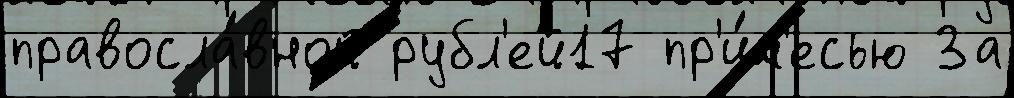
правосла́вной рубл'ей17 пр'и́м'есью За